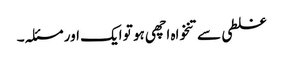
غلطی سے تنخواہ اچھی ہو تو ایک اور مسئلہ۔